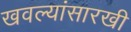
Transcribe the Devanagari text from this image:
खवल्यांसारखी